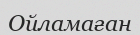
Ойламаған